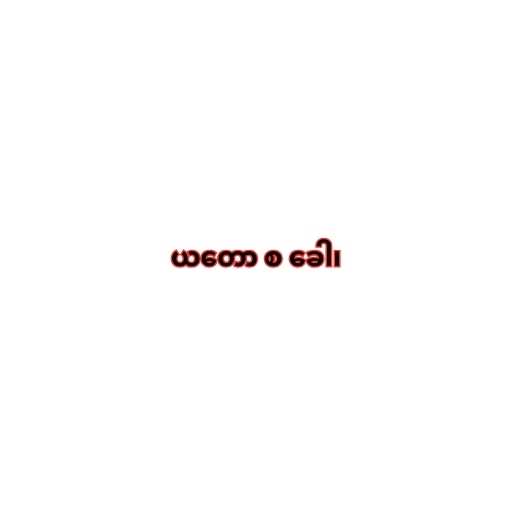
ယတော စ ခေါ၊